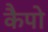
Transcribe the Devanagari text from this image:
कैपो